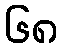
၆၈